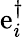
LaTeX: \mathrm{e}_{i}^{\dagger}